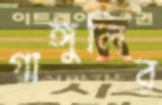
গাঙ্গুলির